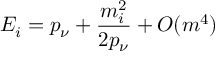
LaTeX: E _ { i } = p _ { \nu } + \frac { m _ { i } ^ { 2 } } { 2 p _ { \nu } } + O ( m ^ { 4 } )